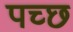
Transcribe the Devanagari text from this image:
पच्‍छ